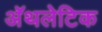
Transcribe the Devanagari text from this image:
अॅथलेटिक